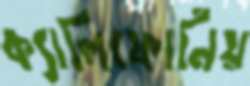
ক্যালিফোর্নিয়